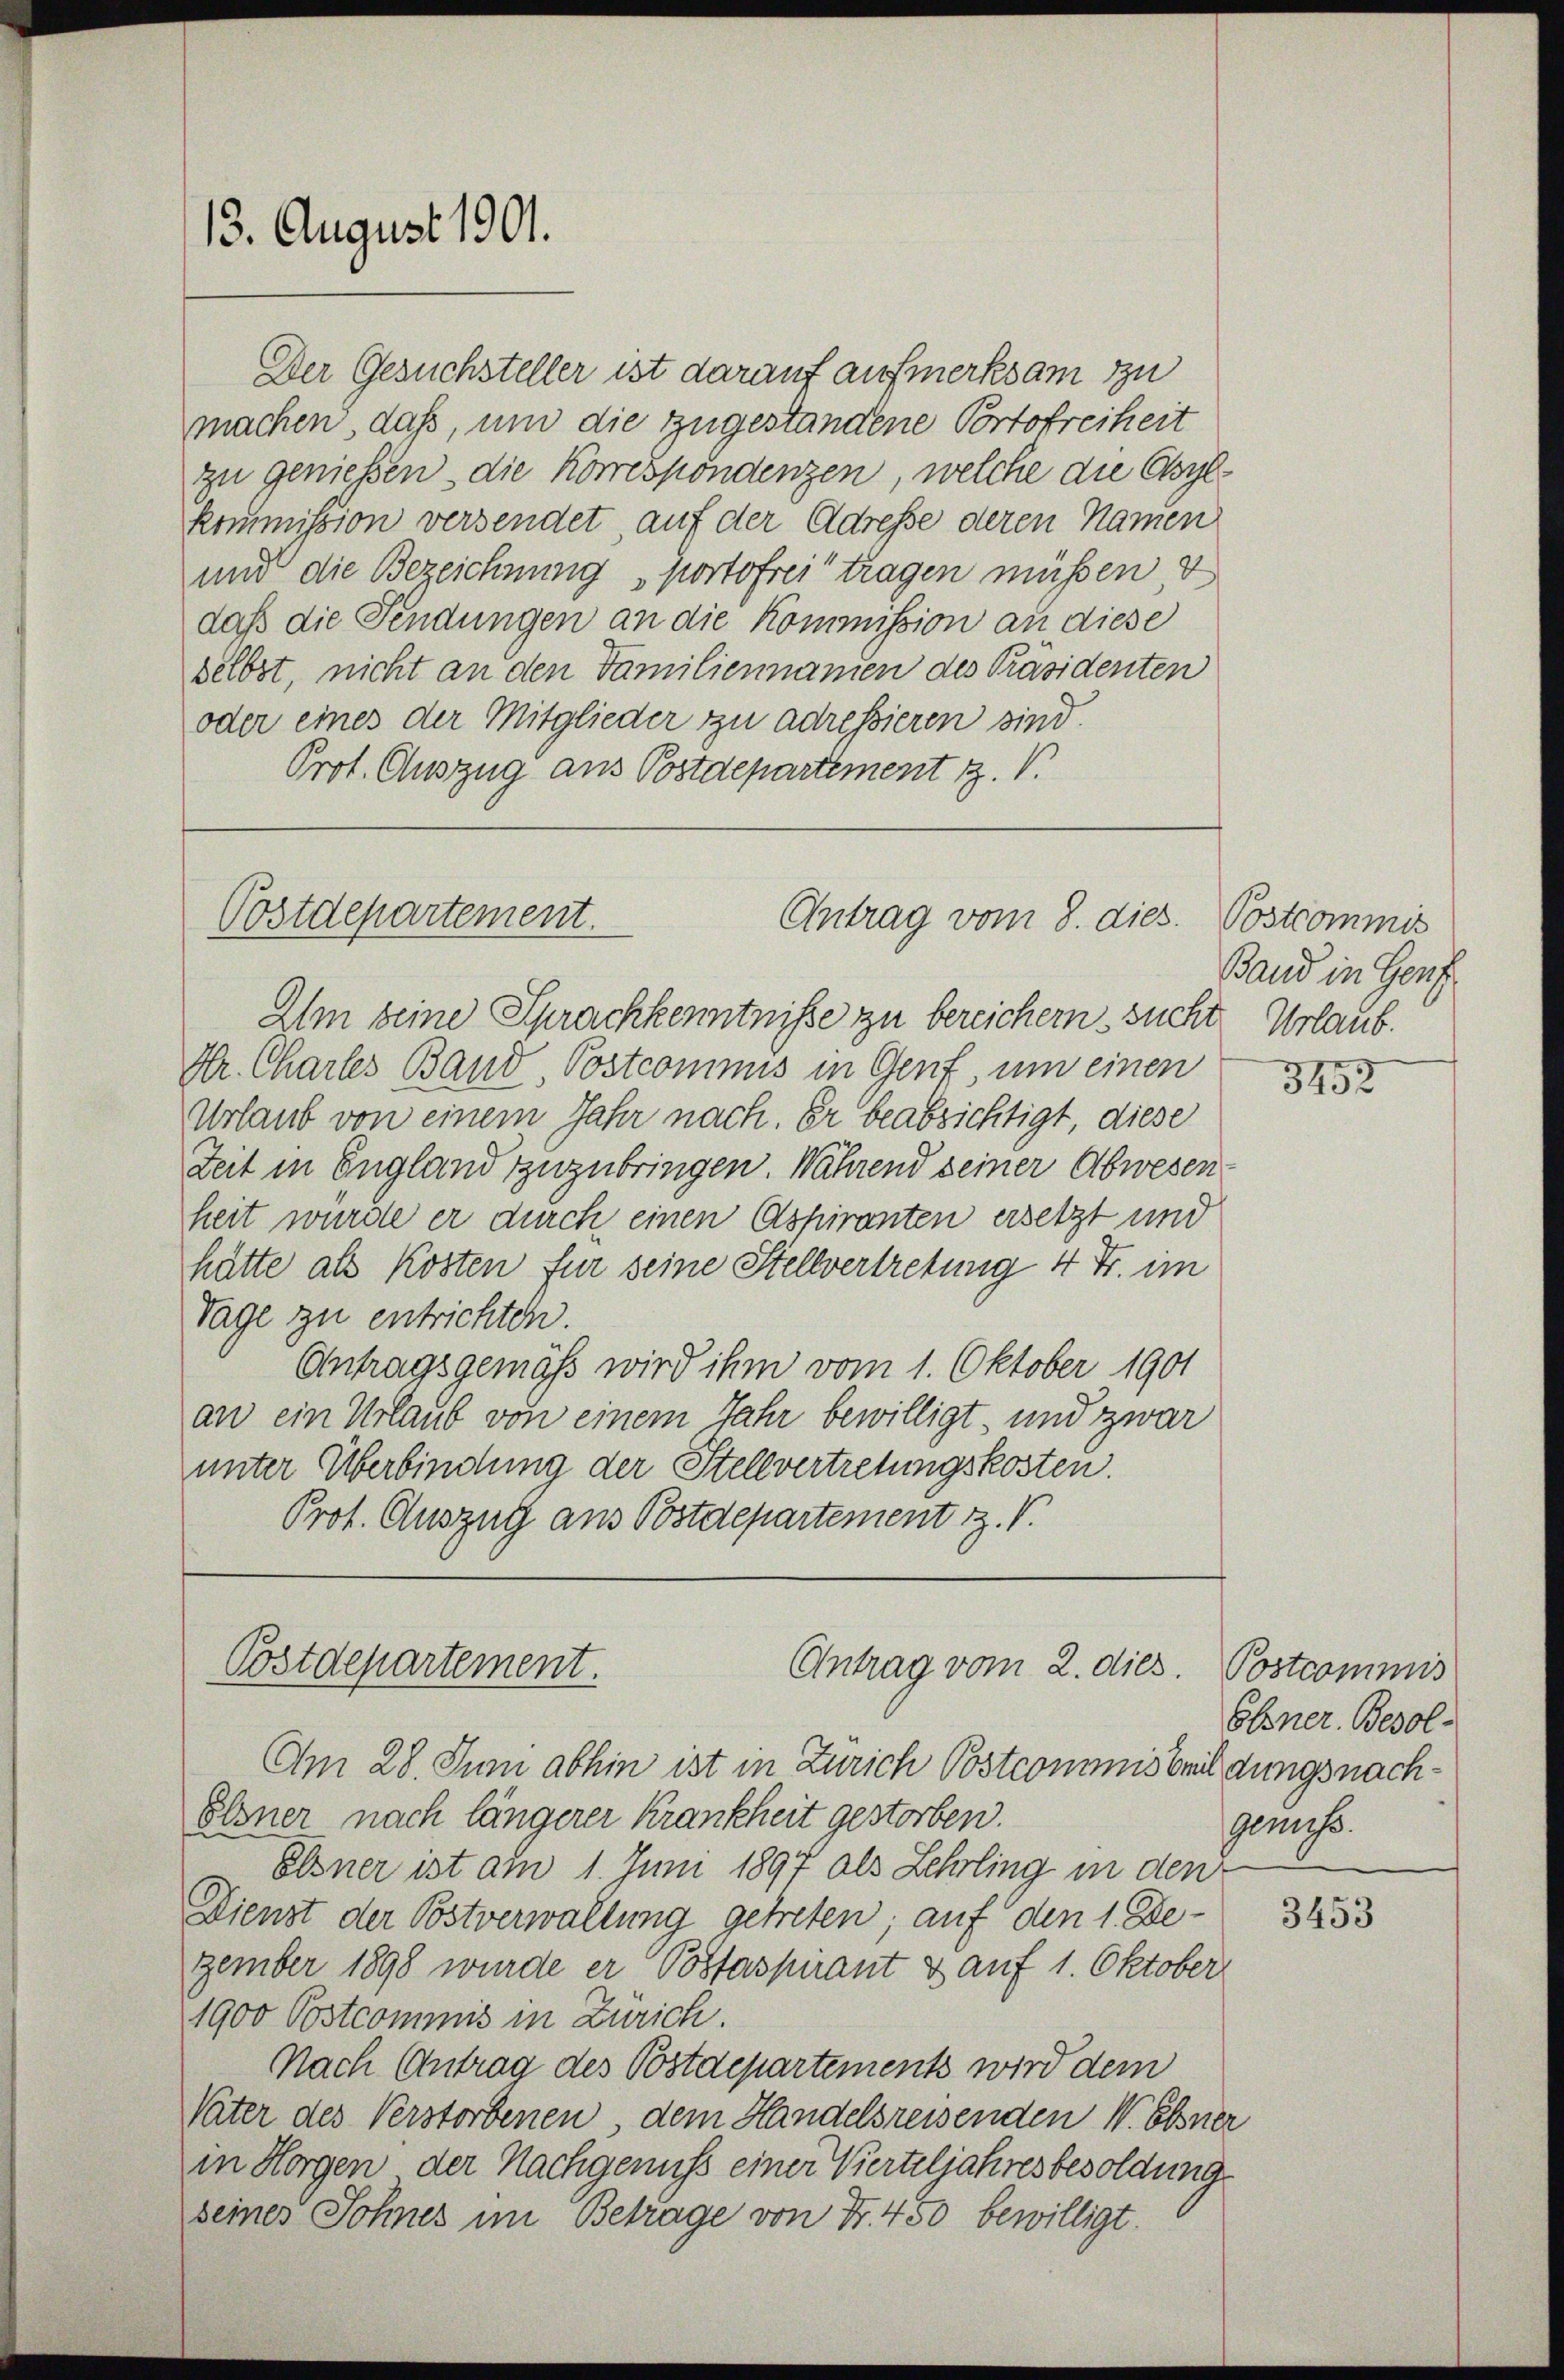
Der Gesuchsteller ist darauf aufmerksam zu
machen, daß, um die zugestandene Portofreiheit
zu geniessen, die Korrespondenzen, welche die Obylkommission versendet, auf der Adresse deren Namen
und die Bezeichnung portofrei tragen müßen, d
daß die Fendungen an die Kommission an diese
selbst, nicht an den Familiennamen des Präsidenten
oder eines der Mitglieder zu adressieren sind.
Prot. Auszug aus Postdepartement Z. V.

13. August 1901.

Postdepartement.
Antrag vom 8. dies.

Postdepartement.
Antrag vom 2. dies. Postcommis

Am seine Sprachkenntniße zu bereichern sucht. Urlaub.
Hr. Chartes Band Postcommis in Genf, um einen
Urlaub von einem Jahr nach. Er beabsichtigt, diese
Zeit in England zuzubringen. Während seiner Abwesenheit würde er durch einen Aspiranten ersetzt und
hätte als Kosten für seine Stellvertretung 4 Fr. im
Tage zu entrichten.
Antragsgemäß wird ihm vom 1. Oktober 1901
an ein Urlaub von einem Jahr bewilligt, und zwar
unter Überbindung der Stellvertretungskosten.
Prot. Auszug aus Postdepartement z. V.

Am 28. Juni abhin ist in Zürich Postcommisbildungsnach¬
Elsner nach längerer Krankheit gestorben.
Elsner ist am 1. Juni 1897 als Lehrling in den
Dienst der Postverwaltung getreten; auf den 1. Dezember 1898 wurde er Postaspirant & auf 1. Oktober
1900 Postcommis in Zürich.
Nach Antrag des Postdepartements wird dem
Vater des Verstorbenen, dem Handelsreisenden W. Ebner
in Horgen der Nachgenuss einer Vierteljahresbesoldung
seiner Sohnes im Betrage von Fr. 450 bewilligt.

Postcommis
Band in Genf

3452

Ebner Besolgenuss.

3453